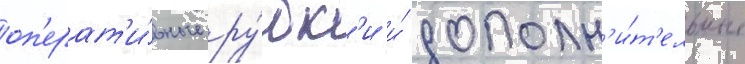
оп'ерат'и́вные ру́бк'и и́ дополн'и́т'ельные